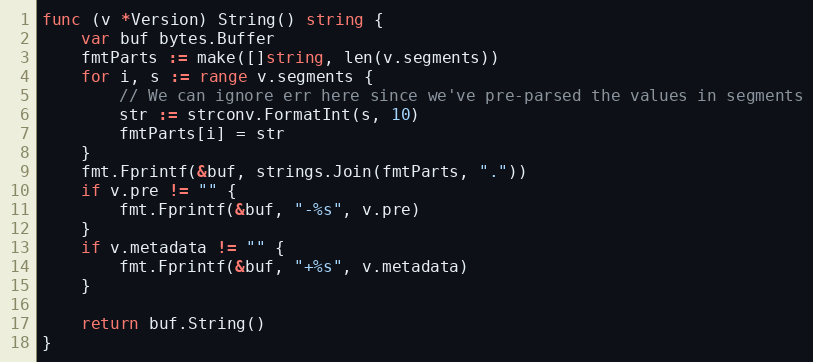
Language: Go
func (v *Version) String() string {
	var buf bytes.Buffer
	fmtParts := make([]string, len(v.segments))
	for i, s := range v.segments {
		// We can ignore err here since we've pre-parsed the values in segments
		str := strconv.FormatInt(s, 10)
		fmtParts[i] = str
	}
	fmt.Fprintf(&buf, strings.Join(fmtParts, "."))
	if v.pre != "" {
		fmt.Fprintf(&buf, "-%s", v.pre)
	}
	if v.metadata != "" {
		fmt.Fprintf(&buf, "+%s", v.metadata)
	}

	return buf.String()
}